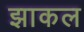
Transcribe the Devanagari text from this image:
झाकल